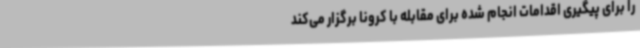
را برای پیگیری اقدامات انجام شده برای مقابله با کرونا برگزار می‌کند